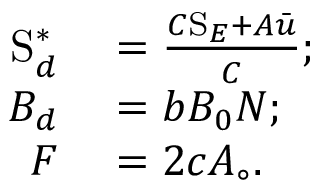
\begin{array} { r l } { \mathrm { S } _ { d } ^ { \ast } } & { { } = \frac { C \mathrm { S } _ { E } + A \bar { u } } { C } ; } \\ { B _ { d } } & { { } = b B _ { 0 } N ; } \\ { F } & { { } = 2 c A _ { \circ } . } \end{array}